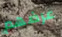
عرضهم